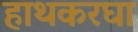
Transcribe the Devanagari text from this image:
हाथकरघा